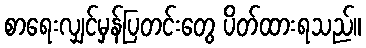
စာရေးလျှင်မှန်ပြတင်းတွေ ပိတ်ထားရသည်။